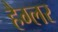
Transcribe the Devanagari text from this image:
हैग्लर